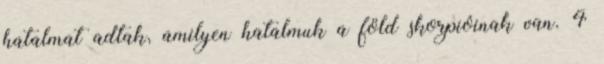
hatalmat adtak, amilyen hatalmuk a föld skorpióinak van. 4